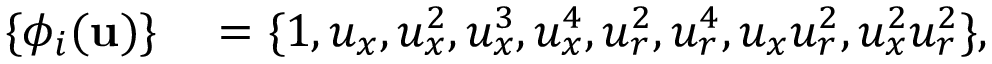
\begin{array} { r l } { \{ \phi _ { i } ( \mathbf { u } ) \} } & { { } = \{ 1 , u _ { x } , u _ { x } ^ { 2 } , u _ { x } ^ { 3 } , u _ { x } ^ { 4 } , u _ { r } ^ { 2 } , u _ { r } ^ { 4 } , u _ { x } u _ { r } ^ { 2 } , u _ { x } ^ { 2 } u _ { r } ^ { 2 } \} , } \end{array}